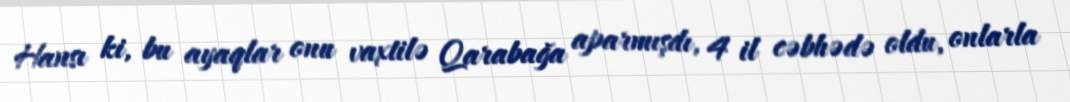
Hansı ki, bu ayaqlar onu vaxtilə Qarabağa aparmışdı, 4 il cəbhədə oldu, onlarla